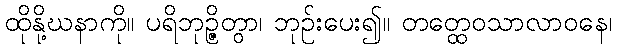
ထိုနို့ဃနာကို။ ပရိဘုဉ္ဇိတွာ၊ ဘုဉ်းပေး၍။ တတ္ထေဝသာလာဝနေ၊